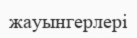
жауынгерлері